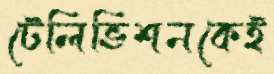
টেলিভিশনকেই